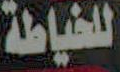
للخياطة